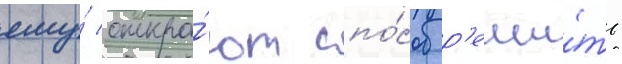
ему́ откро́ют спо́соб р'еши́ть